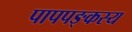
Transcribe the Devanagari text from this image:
पापपङ्कस्य